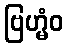
ဗြဟ္မံဝ